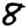
Digit: 8